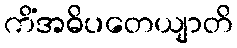
ကိံအဓိပတေယျာတိ